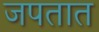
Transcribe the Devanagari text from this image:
जपतात